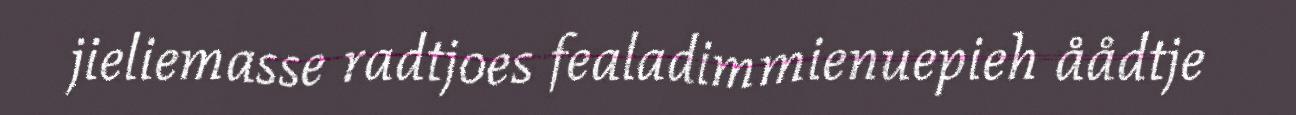
jieliemasse radtjoes fealadimmienuepieh åådtje